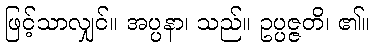
ဖြင့်သာလျှင်။ အပ္ပနာ၊ သည်။ ဥပ္ပဇ္ဇတိ၊ ၏။